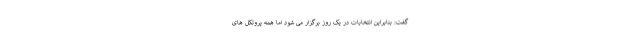
گفت: بنابراین انتخابات در یک روز برگزار می شود اما همه پروتکل های